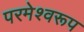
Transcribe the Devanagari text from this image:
परमेश्वरूप